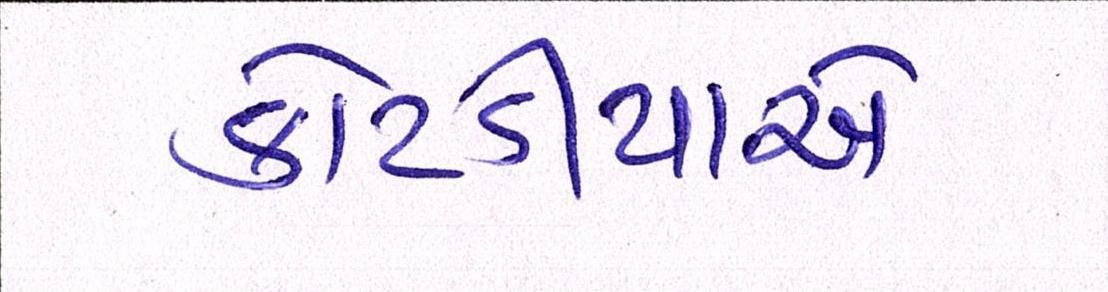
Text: કોટડીયાએ